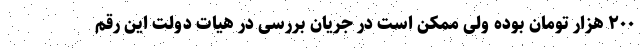
۲۰۰ هزار تومان بوده ولی ممکن است در جریان بررسی در هیات دولت این رقم